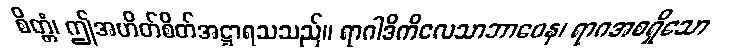
စိတ္တံ၊ ဤအဟိတ်စိတ်အဋ္ဌာရသသည်။ ရာဂါဒိကိလေသာဘာဝေန၊ ရာဂအစရှိသော